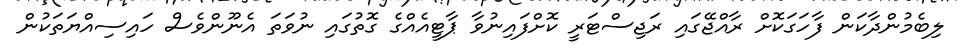
ލިބެމުންދާކަން ފާހަގަކޮށް ރާއްޖޭގައި ރަޖިސްޓަރީ ކޮށްފައިނުވާ ޕާޓީއެއްގެ ގޮތުގައި ނުވަތަ އެނޫންވެސް ހައިސިއްޔަތަކުން